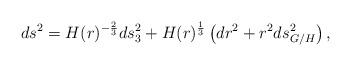
\begin{align*}ds^2=H(r)^{-\frac{2}{3}}ds_3^2+H(r)^{\frac{1}{3}}\left(dr^2+r^2ds_{G/H}^2\right),\end{align*}